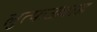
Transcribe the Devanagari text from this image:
लुत्फउल्लाह